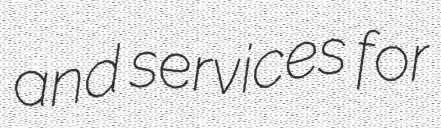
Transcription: and services for